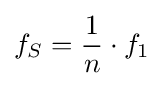
f_{S}={\frac {1}{n}}\cdot f_{1}